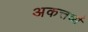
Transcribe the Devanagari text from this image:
अकत्तर्व्य